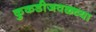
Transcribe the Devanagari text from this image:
कुकडीजवळ्च्या